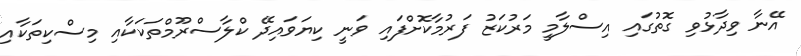
އޭނާ ވިދާޅުވި ގޮތުގައި އިސްލާމީ މަރުކަޒު ފަރުމާކޮށްފައި ވަނީ ކިޔަވައިދޭ ކްލާސްރޫމްތަކަކާއި މިސްކިތަކާއި